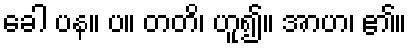
ခေါ ပန။ ပ။ တတိ၊ ဟူ၍။ အာဟ၊ ၏။